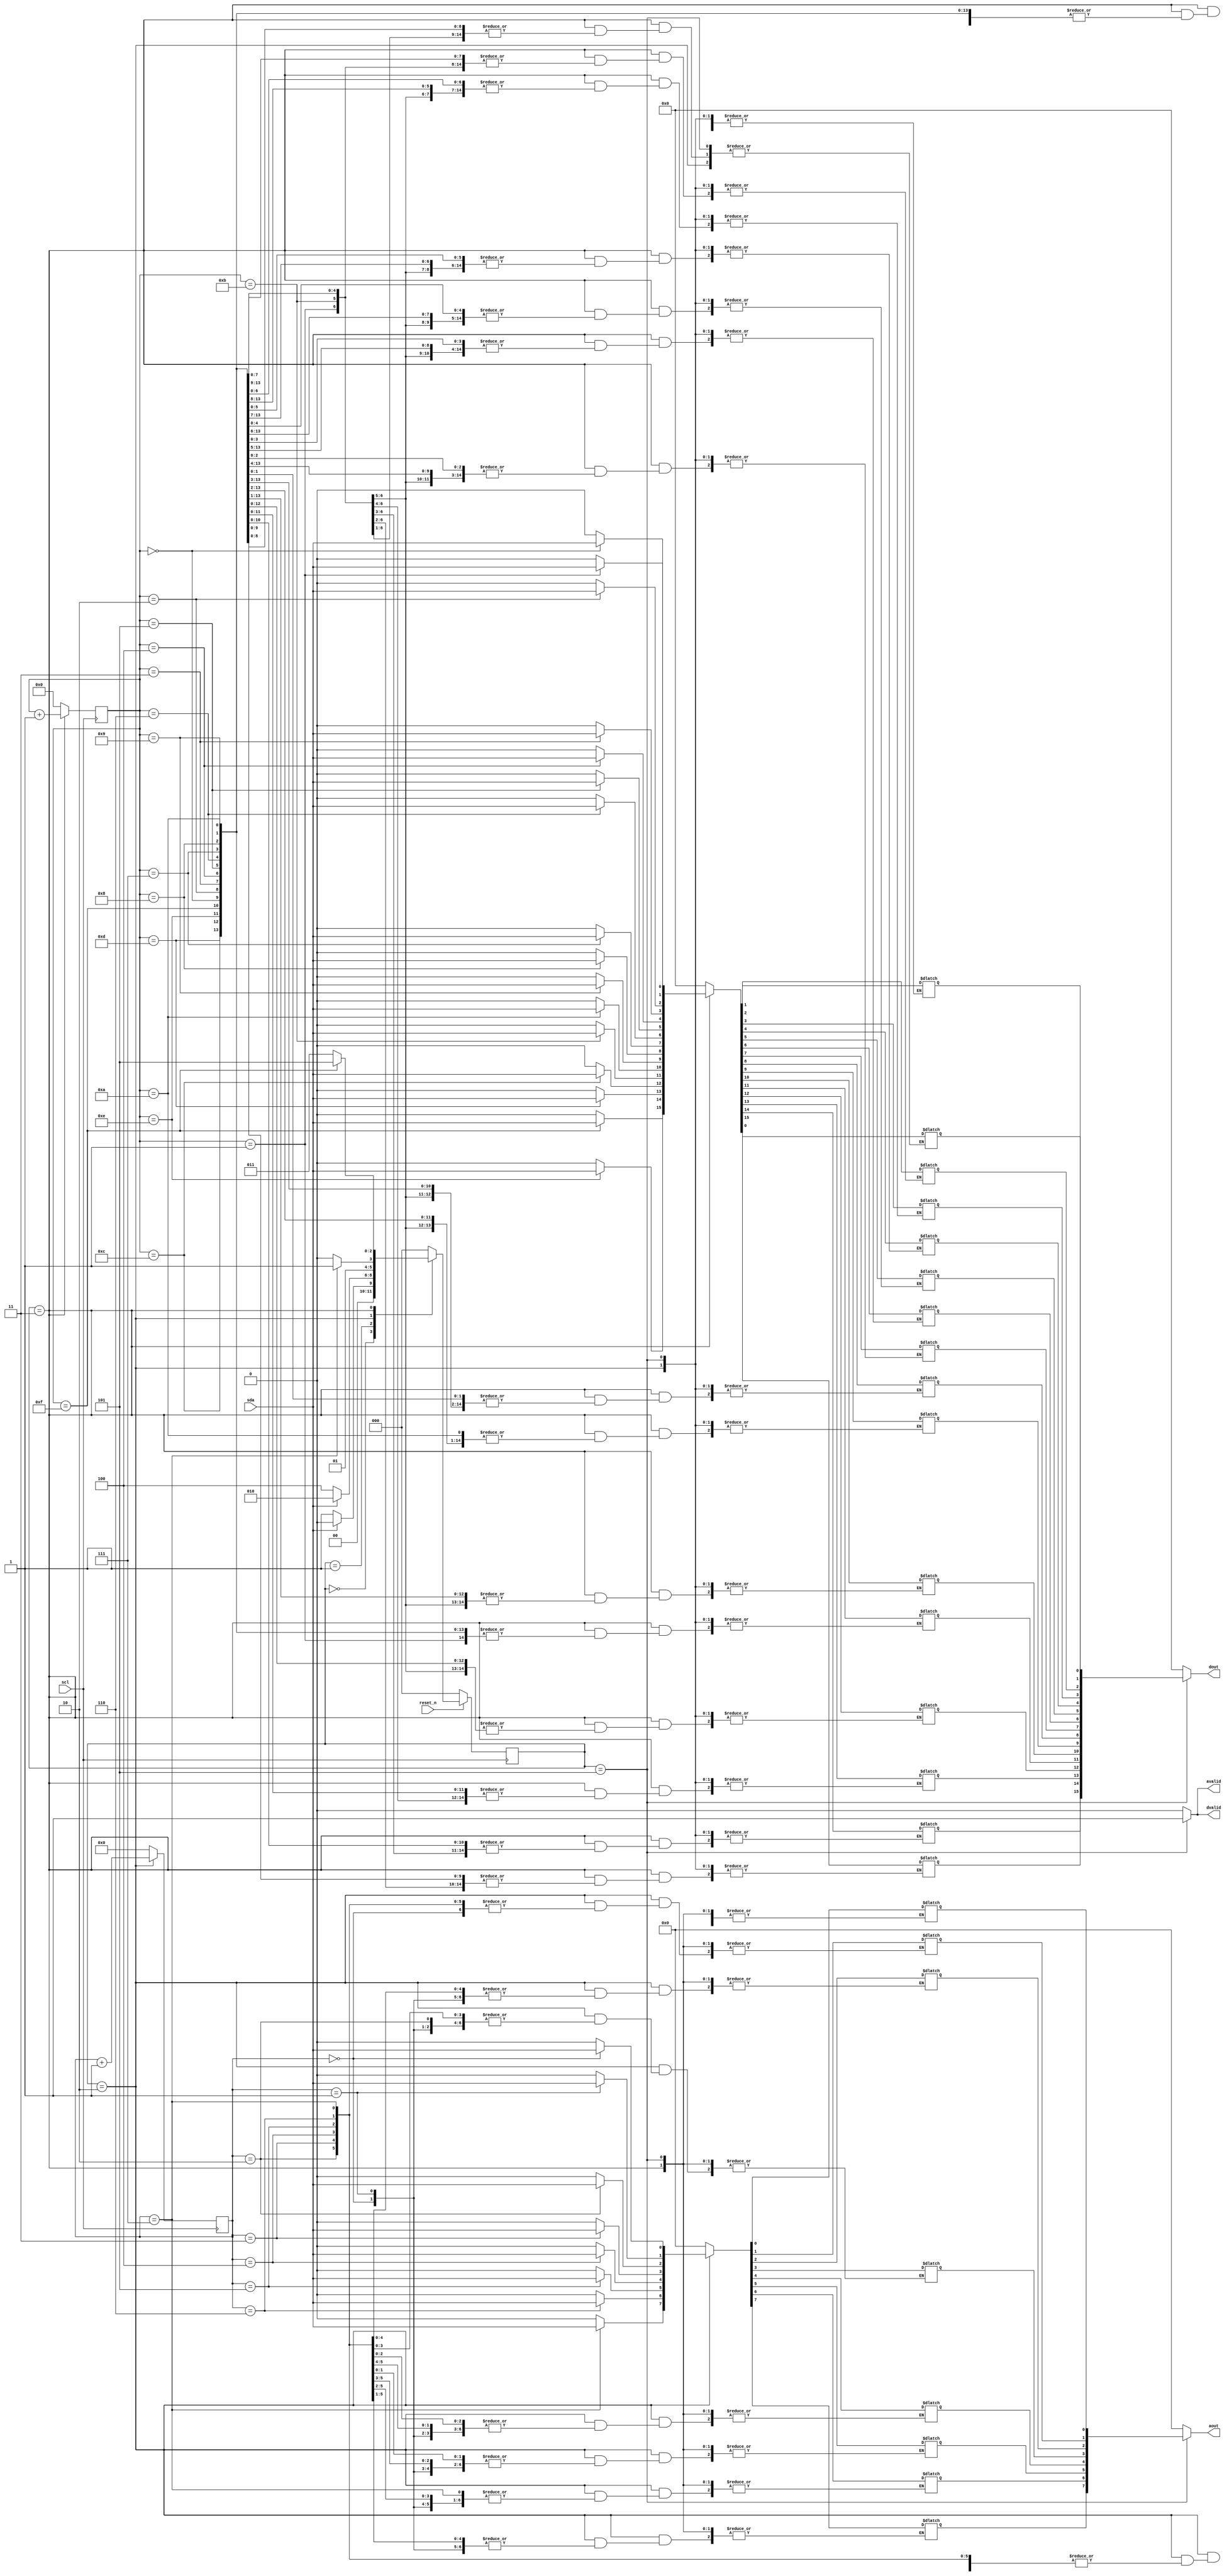

module SDAM( reset_n, scl, sda, avalid, aout, dvalid, dout);
input       reset_n;
input       scl;  
input       sda;

output	avalid, dvalid;
output	[7:0]	aout;
output	[15:0]	dout;



// ===== Coding your RTL below here ================================= 

reg     	avalid, dvalid;
reg	[7:0]	aout;
reg	[15:0]	dout;

parameter IDLE      = 3'd0;
parameter STR       = 3'd1;//start mode
parameter WR_ADDR   = 3'd2;//write address mode
parameter WR_DAT   = 3'd3;//write data mode
parameter RD        = 3'd4;//read (not use state)
parameter OUT       = 3'd5;//output result

reg [3:0]  addr_cnt;//address counter
reg [4:0]  data_cnt;//data counter
reg [2:0]  c_t, n_t;
reg [7:0]  address;
reg [15:0] data;
//CS
always@(posedge scl)
begin
	if(~reset_n)
		c_t <= IDLE;
	else
		c_t <= n_t;
end
//NS
always@(*)
begin
	case(c_t)
	IDLE   : n_t = (sda)? IDLE:STR;
	STR    : n_t = (sda)? WR_ADDR:RD;//1:write, 0:read(not use state)
	WR_ADDR: n_t = (addr_cnt == 4'd7)? WR_DAT:WR_ADDR; //get 8bit address from sda
	WR_DAT : n_t = (data_cnt == 5'd15)? OUT:WR_DAT; //get 16bit data from sda
	OUT    : n_t = IDLE;
	default:
		n_t = IDLE;
	endcase
end
//OL
always@(*)
begin
	case(c_t)
	IDLE: begin
		avalid = 1'b0;
		dvalid = 1'b0;
		aout = 8'h0;
		dout = 16'h00;
		address = 8'd0;
		data = 16'd0;
	end
	STR: begin
		avalid = 1'b0;
		dvalid = 1'b0;
		aout = 8'h0;
		dout = 16'd0;
		address = 8'd0;
		data = 16'd0;
	end
	WR_ADDR: begin
		avalid = 1'b0;
		dvalid = 1'b0;
		aout = 8'd0;
		dout = 16'd0;
		case(addr_cnt)
		4'd0:address[0] = sda;
		4'd1:address[1] = sda;
		4'd2:address[2] = sda;
		4'd3:address[3] = sda;
		4'd4:address[4] = sda;
		4'd5:address[5] = sda;
		4'd6:address[6] = sda;
		4'd7:address[7] = sda;
		default:
			address = 8'd0;
		endcase
	end
	WR_DAT: begin
		avalid = 1'b0;
		dvalid = 1'b0;
		aout = 8'd0;
		dout = 16'd0;
		case(data_cnt)
		4'd0:data[0] = sda;
		4'd1:data[1] = sda;
		4'd2:data[2] = sda;
		4'd3:data[3] = sda;
		4'd4:data[4] = sda;
		4'd5:data[5] = sda;
		4'd6:data[6] = sda;
		4'd7:data[7] = sda;
		4'd8:data[8] = sda;
		4'd9:data[9] = sda;
		4'd10:data[10] = sda;
		4'd11:data[11] = sda;
		4'd12:data[12] = sda;
		4'd13:data[13] = sda;
		4'd14:data[14] = sda;
		4'd15:data[15] = sda;
		default:
			data = 16'd0;
		endcase
	end
	OUT: begin
		avalid = 1'b1;
		dvalid = 1'b1;
		aout = address;
		dout = data;
	end
	default:
	begin
		avalid = 1'b0;
		dvalid = 1'b0;
		aout = 8'd0;
		dout = 16'd0;
		address = 8'd0;
		data = 16'd0;
	end
	endcase
end		
//(for counter)
always@(posedge scl)
begin
	case(c_t)
	WR_ADDR: begin
		addr_cnt <= addr_cnt +4'd1;
		data_cnt <= 5'd0;
	end
	WR_DAT: begin
		addr_cnt <= 4'd0;
		data_cnt <= data_cnt+ 5'd1;
	end
	default:
	begin
		addr_cnt <= 4'd0;
		data_cnt <= 5'd0;
	end
	endcase
end

endmodule